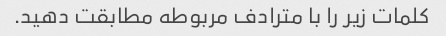
کلمات زیر را با مترادف مربوطه مطابقت دهید.